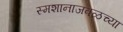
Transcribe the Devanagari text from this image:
स्मशानाजवळच्या